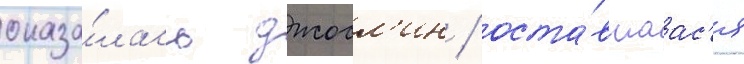
оказа́лась джосл'ин / оста́вшаас'я